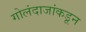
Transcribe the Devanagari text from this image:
गोलंदाजांकडून